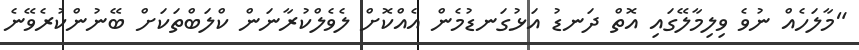
"މާލަހެއް ނުވެ ވިލިމާލޭގައި އޮތް ދަނޑު އަޅުގަނޑުމެން އެއްކޮށް ލެވެލްކުރާނަން ކްލަބްތަކަށް ބޭނުންކުރެވޭނެ